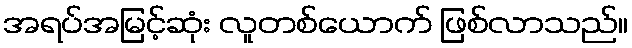
အရပ်အမြင့်ဆုံး လူတစ်ယောက် ဖြစ်လာသည်။